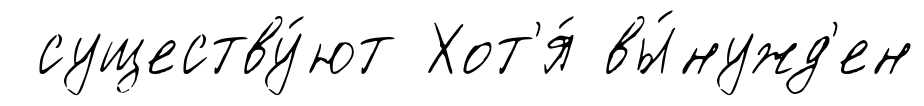
существу́ют Хот'я́ вы́нужд'ен